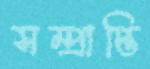
সম্প্রাপ্তি